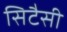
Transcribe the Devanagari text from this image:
सिटैसी